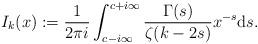
LaTeX: \begin{align*}I_{k}(x):= \frac{1}{2\pi i}\int_{c-i \infty}^{c+i \infty} \frac{\Gamma(s)}{\zeta(k-2s)} x^{-s} {\rm d}s. \end{align*}